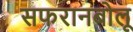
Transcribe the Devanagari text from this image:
सफरानबोलू